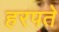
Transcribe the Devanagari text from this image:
हरपते